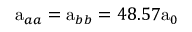
\mathrm { a } _ { a a } = \mathrm { a } _ { b b } = 4 8 . 5 7 \mathrm { a } _ { 0 }